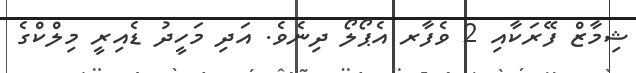
ޝިމާޒް ފޭރަކާއި 2 ވެފާރ އެޕޯލޯ ދިނެވެ. އަދި މަހީދު ޑެއިރީ މިލްކްގެ